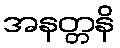
အနတ္တနိ